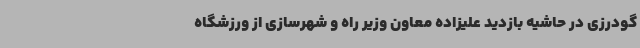
گودرزی در حاشیه بازدید علیزاده معاون وزیر راه و شهرسازی از ورزشگاه